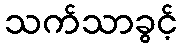
သက်သာခွင့်